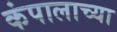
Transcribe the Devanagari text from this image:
कंपालाच्या